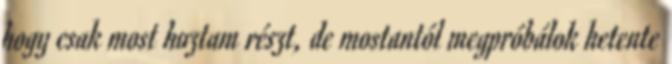
hogy csak most hoztam részt, de mostantól megpróbálok hetente